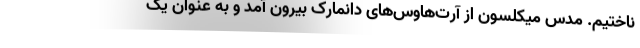
ناختیم. مدس میکلسون از آرت‌هاوس‌های دانمارک بیرون آمد و به عنوان یک